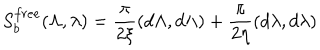
S _ { b } ^ { f r e e } ( \Lambda , \lambda ) = { \frac { \pi } { 2 \xi } } ( d \Lambda , d \Lambda ) + { \frac { \pi } { 2 \eta } } ( d \lambda , d \lambda )